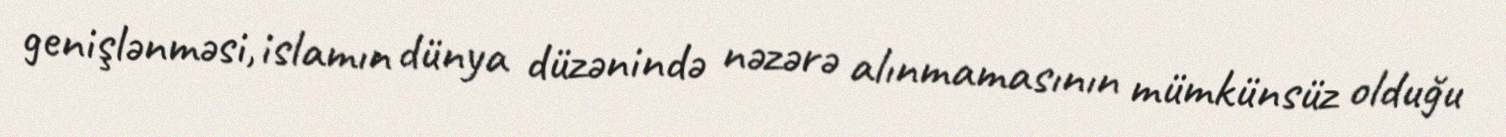
genişlənməsi, islamın dünya düzənində nəzərə alınmamasının mümkünsüz olduğu